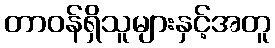
တာဝန်ရှိသူများနှင့်အတူ